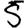
Digit: 5